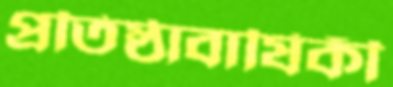
প্রতিষ্ঠাবাষিকী